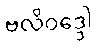
ဗလိဝဒ္ဒေါ